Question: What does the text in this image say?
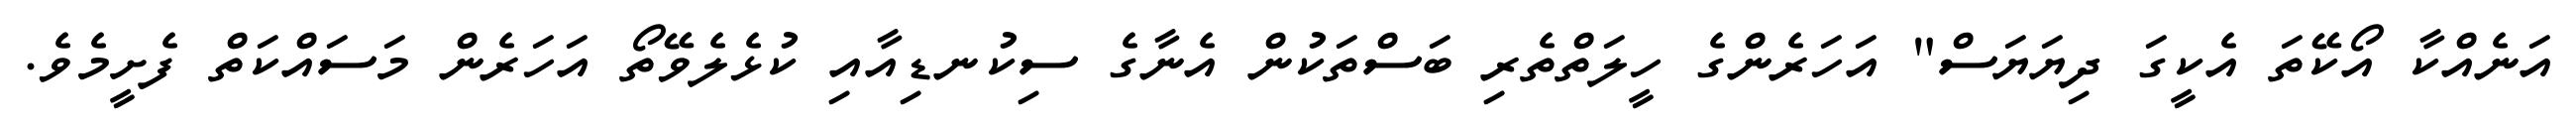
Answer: އަނެއްކާ އޯކޭތަ އެކީގަ ދިޔަޔަސް" އަހަރެންގެ ހީލަތްތެރި ބަސްތަކުން އެނާގެ ސިކުނޑިއާއި ކުޅެލެވޭތޯ އަހަރެން މަސައްކަތް ފެށީމެވެ.